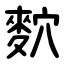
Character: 䴳